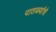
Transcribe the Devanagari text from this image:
पातळ्यांचे